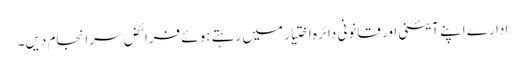
ادارے اپنے آئینی اور قانونی دائرہ اختیار میں رہتے ہوئے فرائض سرانجام دیں۔